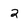
Character: 2